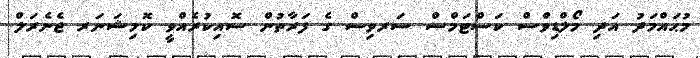
މުޙައްމަދު އަދި މޯލްޑިވްސް ކަސްޓަމްސް ސަރވިސް ގެ ފަރާތުން ސޮއިކުރެއްވީ ކޮމިޝަނަރ ޖެނެރަލް